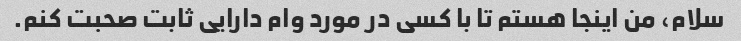
سلام، من اینجا هستم تا با کسی در مورد وام دارایی ثابت صحبت کنم.